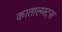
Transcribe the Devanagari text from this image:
काताल्य्स्ट्स